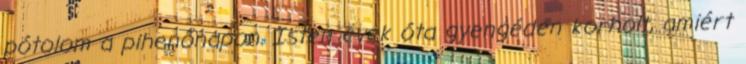
pótolom a pihenőnapon. Isten évek óta gyengéden korholt, amiért